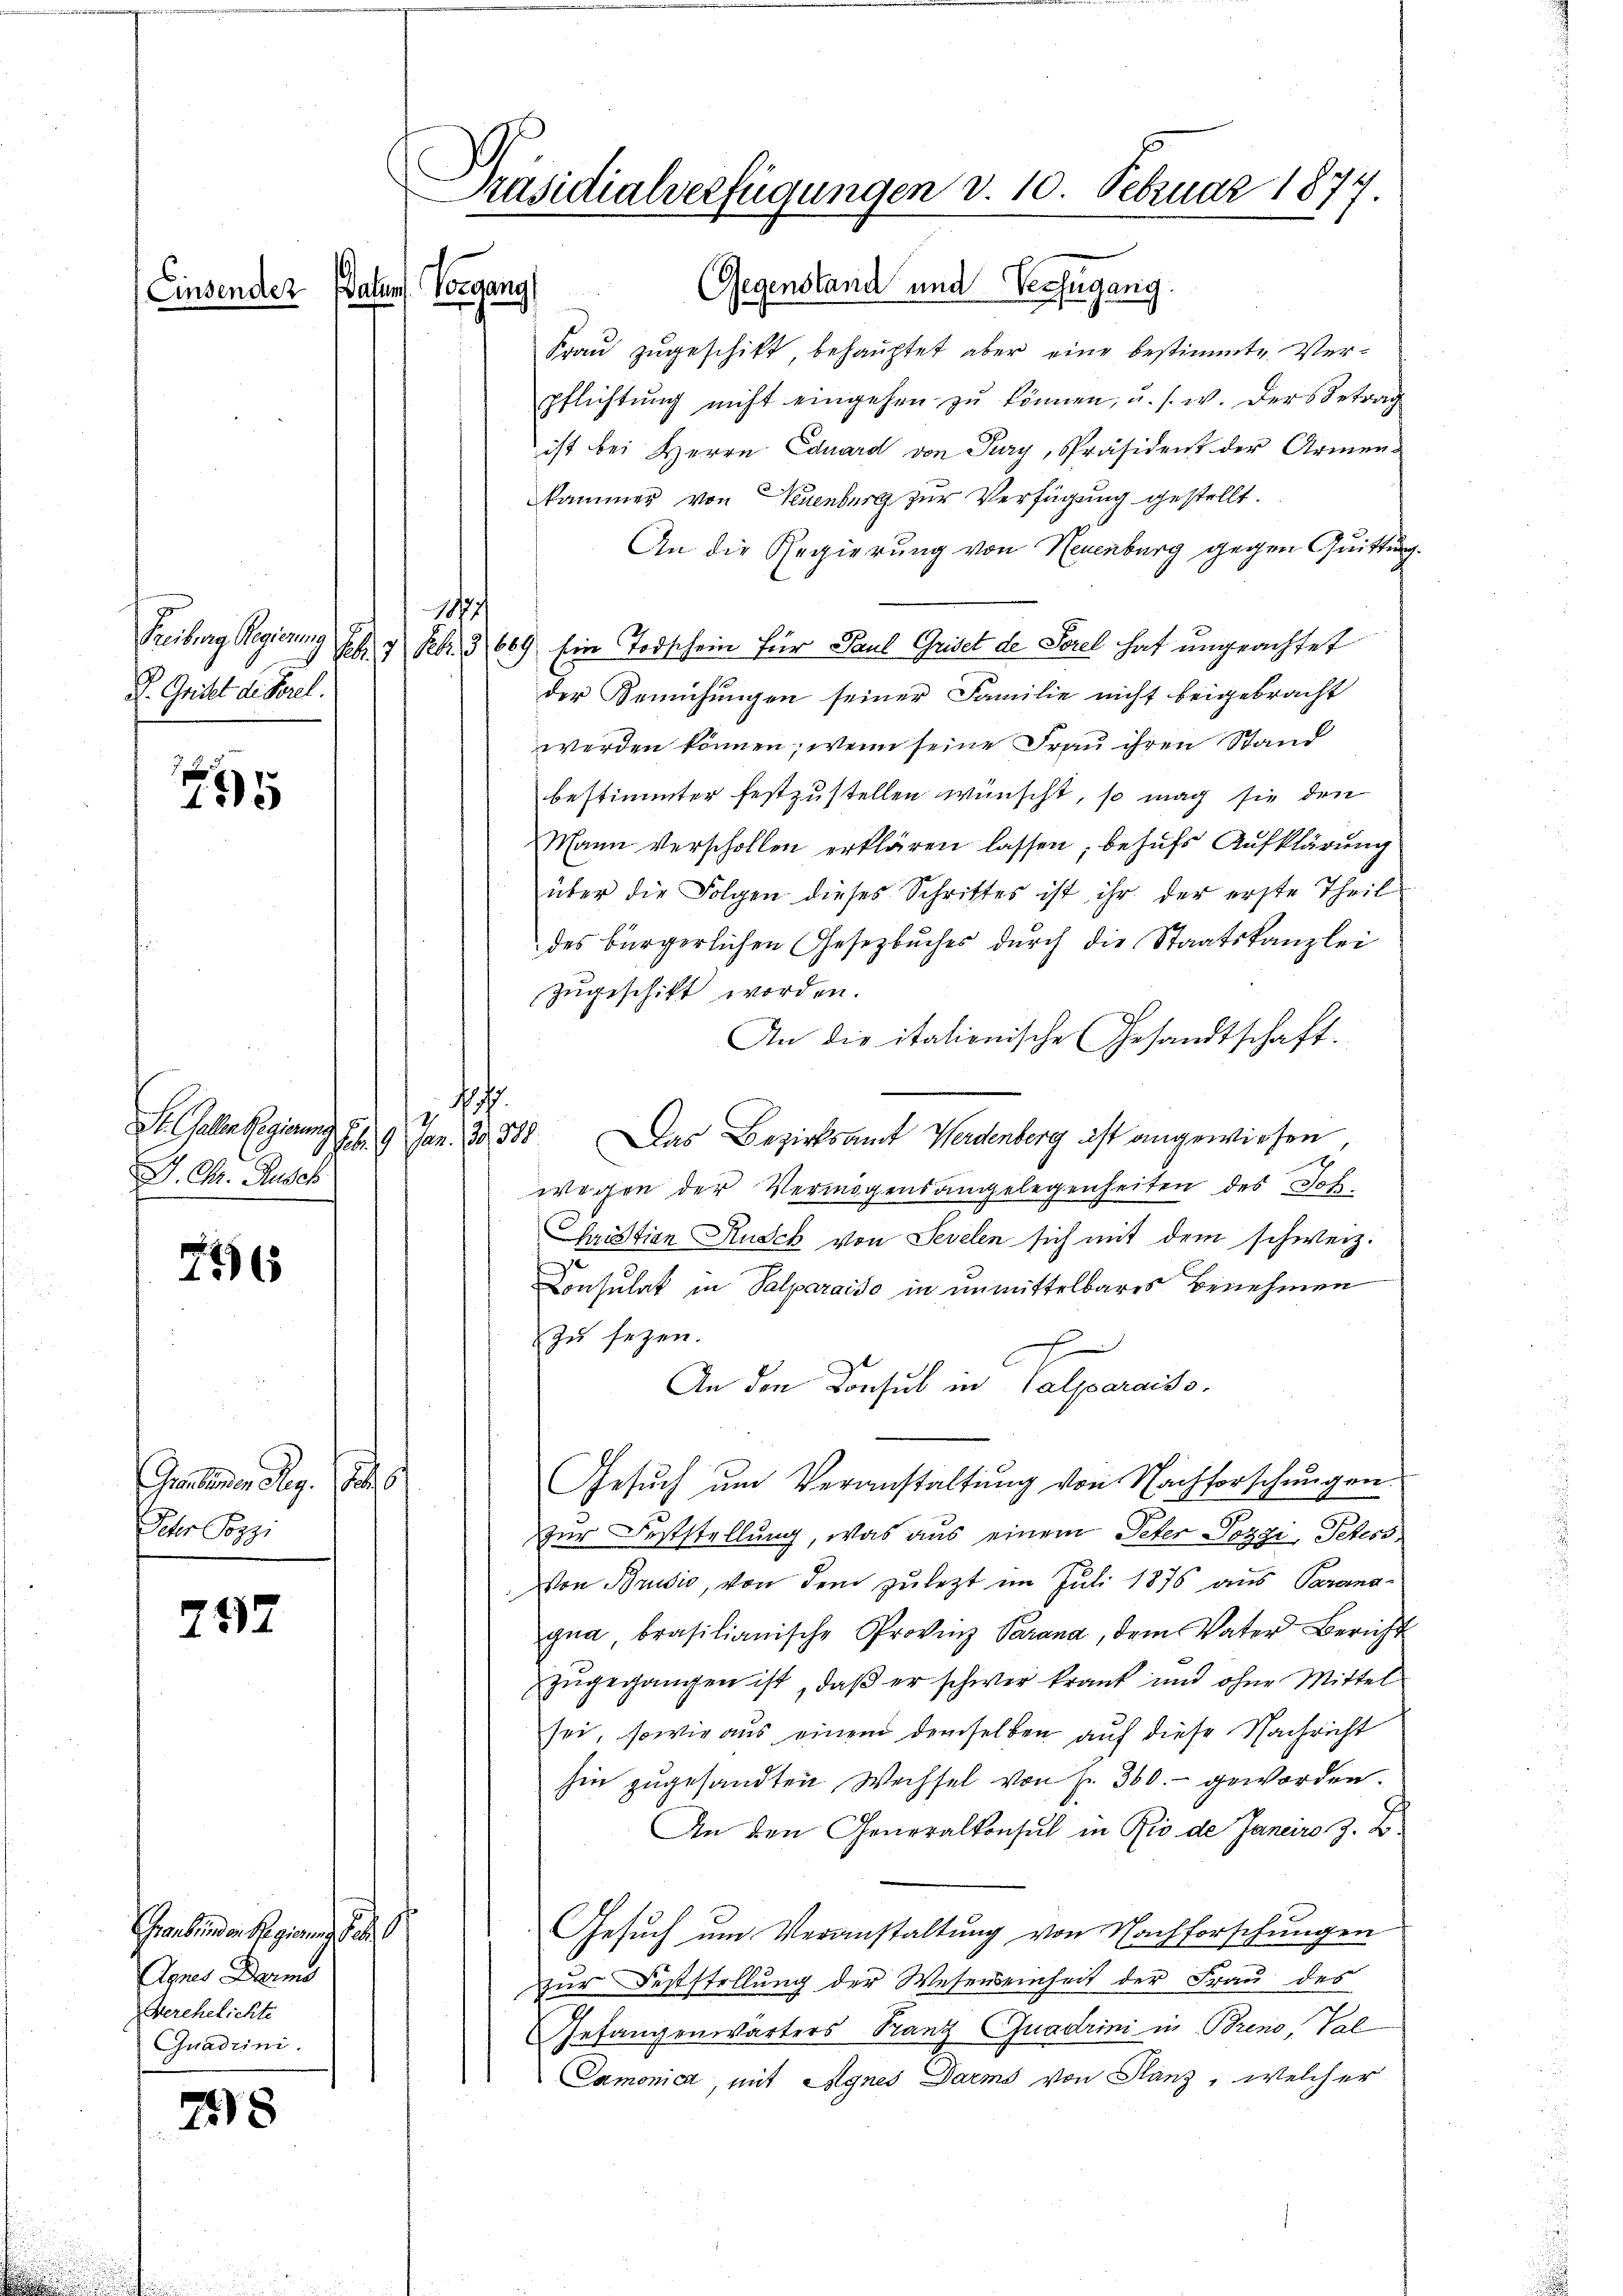
Einsender

1881/
Freiburg Regierun
S. Gritel de Perel.

755

Si. Galle Regierun
J. Chr. Rusch

296

Gemeinen Reg.
r Peri

257

Grabenden Regierung sei
Agnes Darms
Verehelichte
Quadrini.

28

Präsidialverfügungen v. 10. Februar 1877.
Gegenstand und Verfügung.
Datums. Vorgang

Frau zugeschikt, behauptet aber eine bestimmte Verpflichtŭng nicht eingehen zŭ können, u. s. w. ders Betrag
ist bei Herrn Eduard von Jury, Präsident der Armenkammer von Neuenburg zur Verfügung gestellt.
An die Regierung von Neuenburg gegen Quittung.
Seb. 2 Febr. 3 669. Ein Todschein für Paul Griset de Serel hat ungeachtet
der Bemühungen seiner Familie nicht beigebracht
werden können; wenn seine Frau ihren Stand
bestimmter festzustellen wünscht, so mag sie den
Mann verschollen erklären lassen, behufs Aufklärung
über die Folgen dieses Schrittes ist ihr der erste Theil
des bürgerlichen Gesetzbuches durch die Staatskanzlei
zugeschikt worden.
An die italionische Gesandtschaft.
.
Das Bezirksamt Werdenberg ist angewiesen
9fr. 9. Jan. 129, 338
7
wegen der Vermögensangelegenheiten des Joh
Christian Rusck von Sevelen sich mit dem schweiz.
Consulat in Salparaiso in unmittelbares Benehmen
zu sezen.
An den Konsul in Valparaiso
Gesŭch ŭm Veranstaltung von Nachforschungen
Zur Feststellung, was aus einem Peter Pozzi, Peters,
Von Brusić, von dem zuletzt im Juli 1876 aus Parana-
gna brasilianische Provinz Parana, dem Vater Bericht
zŭgegangen ist, daß er schwer krank und ohne Mittel
sei, sowie aus einem demselben auf diese Nachricht
hin zugesandten Wechsel von Fr. 360.- geworden.
An den Generalkonsul in Rio de Janeiro z. B.
Gesuch um Veranstaltung von Nachforschungen
zur Feststellung der Wesenseinheit der Frau des
Gefangenwärters Tanz-Quadrini in Breno, Val
Camonica, mit Agnes Darms von Stanz, welcher